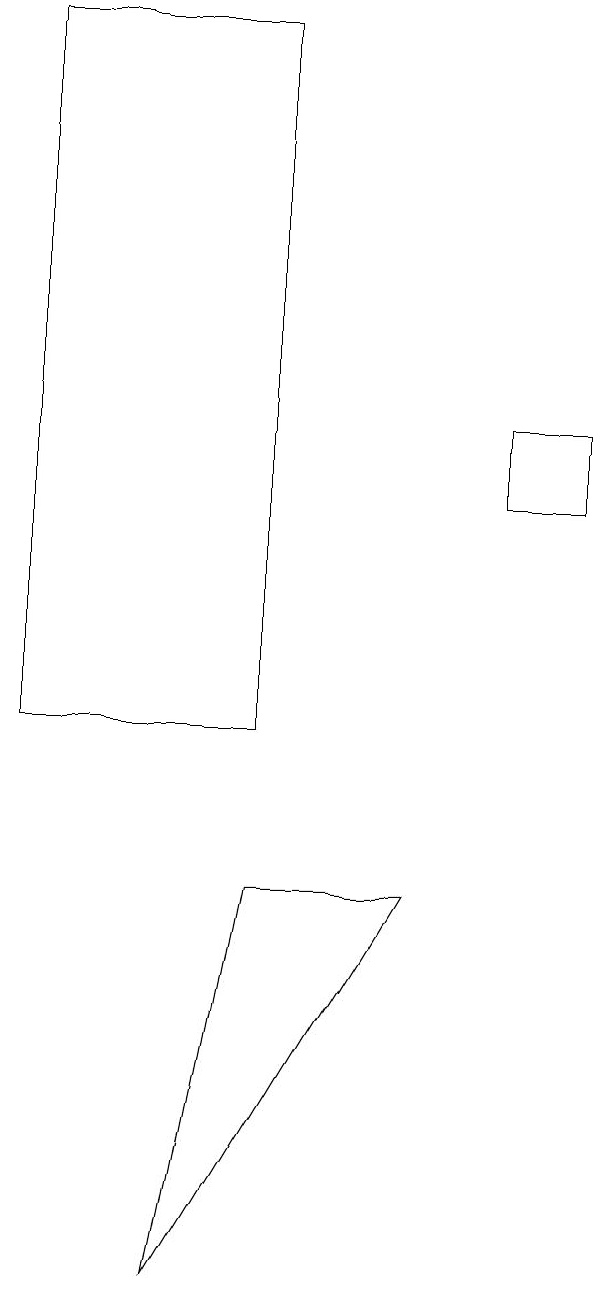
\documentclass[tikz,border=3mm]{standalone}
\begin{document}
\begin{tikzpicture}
\draw (6,8) -- (3,3) -- (4,8) -- cycle;
\draw (1,19) rectangle (4,10);
\draw (7,13) rectangle (8,14);
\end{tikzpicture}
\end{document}